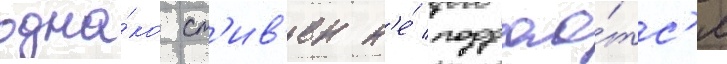
одна́ко ст'ив'ен н'е́ поддао́тс'я